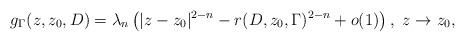
LaTeX: \begin{align*}g_{\Gamma}(z,z_{0},D)=\lambda_{n}\left(|z-z_{0}|^{2-n}-r(D,z_{0},\Gamma)^{2-n}+o(1)\right),\,\,z\rightarrow z_{0},\end{align*}